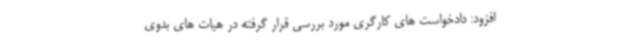
افزود: دادخواست های کارگری مورد بررسی قرار گرفته در هیات های بدوی